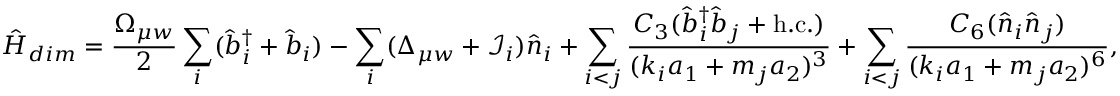
\hat { H } _ { d i m } = \frac { \Omega _ { \mu w } } { 2 } \sum _ { i } ( \hat { b } _ { i } ^ { \dagger } + \hat { b } _ { i } ) - \sum _ { i } ( \Delta _ { \mu w } + \mathcal { I } _ { i } ) \hat { n } _ { i } + \sum _ { i < j } \frac { C _ { 3 } ( \hat { b } _ { i } ^ { \dagger } \hat { b } _ { j } + \mathrm { h . c . } ) } { ( k _ { i } a _ { 1 } + m _ { j } a _ { 2 } ) ^ { 3 } } + \sum _ { i < j } \frac { C _ { 6 } ( \hat { n } _ { i } \hat { n } _ { j } ) } { ( k _ { i } a _ { 1 } + m _ { j } a _ { 2 } ) ^ { 6 } } ,